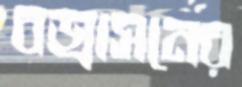
বজ্রাসনের